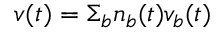
v ( t ) = \Sigma _ { b } n _ { b } ( t ) v _ { b } ( t )